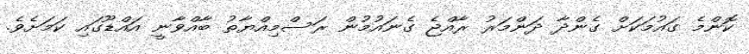
ކޮންމެ ގައުމަކަށް ގެންދާ ދަންމަރު ރާއްޖެ ގެނައުމުން ރަސްމިއްޔާތު ބާއްވާނީ އައްޑޫގައި ކަމަށެވެ.